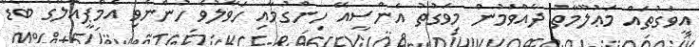
އީވަގުތައް މަޢުލޫމާތު ދެއްވަމުން މިވަގުތު އެންސީއޭ ހިންގުމާއި ހަވާލުވެ ހުންނެވި އެމްޕީއެލްގެ ބޯޑް